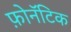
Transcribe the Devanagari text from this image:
फ़ोनॅटिक